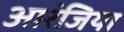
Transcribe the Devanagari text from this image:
आरंजिया